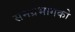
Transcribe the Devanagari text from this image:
समग्रभागको